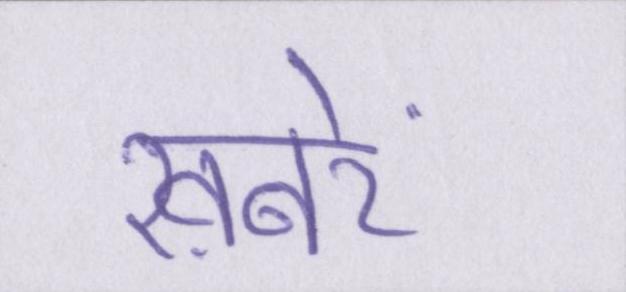
ख़बरें